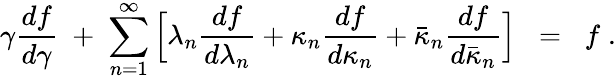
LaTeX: \gamma\frac{df}{d\gamma}\; +\; \sum_{n=1}^{\infty}\Big[\lambda_{n}\frac{df}{d\lambda_{n}}+\kappa_{n}\frac{df}{d\kappa_{n}}+\bar{\kappa}_{n}\frac{df}{d\bar{\kappa}_{n}}\Big]\; \; =\; \; f\; .